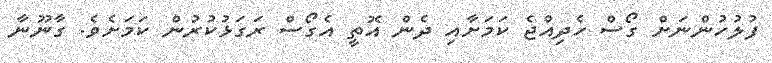
ފުލުހުންނަށް ގޯސް ހެދިއްޖެ ކަމަށާއި ދެން އޮތީ އެގޯސް ރަގަޅުކުރުން ކަމަށެވެ. ގާނޫނާ